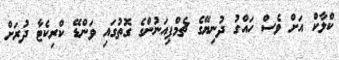
ކްލާކް އަށް ވެސް ހައްގު ދުނިޔޭގެ ޗެމްޕިއަނުންގެ ގޮތުގައި ވަންޑޭ ކްރިކެޓާ ދުރަށް